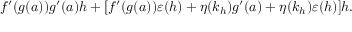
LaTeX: f ^ { \prime } ( g ( a ) ) g ^ { \prime } ( a ) h + [ f ^ { \prime } ( g ( a ) ) \varepsilon ( h ) + \eta ( k _ { h } ) g ^ { \prime } ( a ) + \eta ( k _ { h } ) \varepsilon ( h ) ] h .